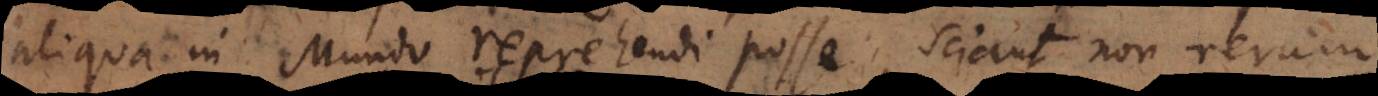
aliqua in Mundo reprehendi posse, sciant non rerum